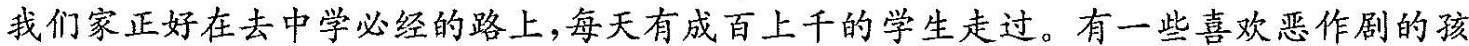
我们家正好在去中学必经的路上，每天有成百上千的学生走过。有一些喜欢恶作剧的孩